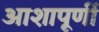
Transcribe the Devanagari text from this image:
आशापूर्णी